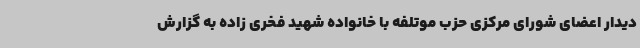
دیدار اعضای شورای مرکزی حزب موتلفه با خانواده شهید فخری زاده به گزارش